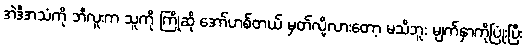
အဲဒီအသံကို ဘီလူးက သူကို ကြိုဆို အော်ဟစ်တယ် မှတ်လို့လားတော့ မသိဘူး မျက်နှာကိုပြုံးပြီး